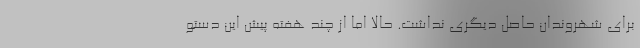
برای شهروندان حاصل دیگری نداشت. حالا اما از چند هفته پیش این دستو